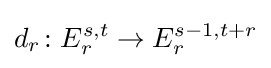
d_{r}\colon E_{r}^{s,t}\to E_{r}^{s-1,t+r}